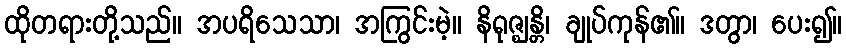
ထိုတရားတို့သည်။ အပရိသေသာ၊ အကြွင်းမဲ့။ နိရုဇ္ဈန္တိ၊ ချုပ်ကုန်၏။ ဒတွာ၊ ပေး၍။